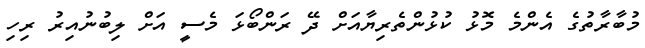
މުބާރާތުގެ އެންމެ މޮޅު ކުޅުންތެރިޔާއަށް ދޭ ރަންބޯޅަ މެސީ އަށް ލިބުނުއިރު ރިހި